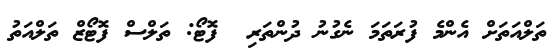
ތަލްއަތަށް އެންމެ ފުރަތަމަ ނެގުނު ދުންތަރި  ފޮޓޯ: ތަލްސް ފޮޓޯޒް ތަލްއަތު